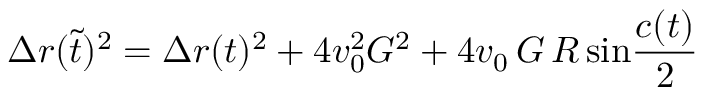
\Delta r ( \tilde { t } ) ^ { 2 } = \Delta r ( t ) ^ { 2 } + 4 v _ { 0 } ^ { 2 } G ^ { 2 } + 4 v _ { 0 } \, G \, R \, \mathrm { s i n } { \frac { c ( t ) } { 2 } }